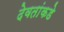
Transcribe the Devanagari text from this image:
देवतांकडे